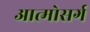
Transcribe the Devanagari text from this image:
आत्मोसर्ग